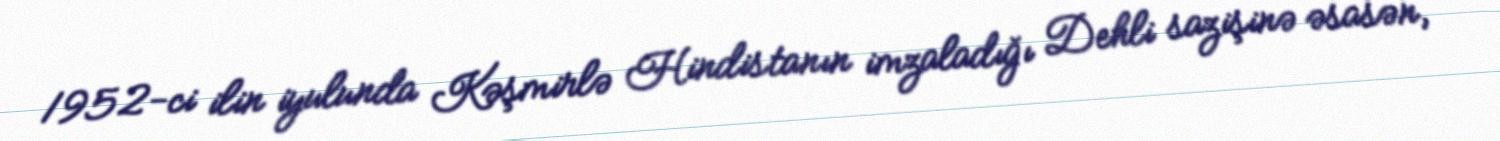
1952-ci ilin iyulunda Kəşmirlə Hindistanın imzaladığı Dehli sazişinə əsasən,